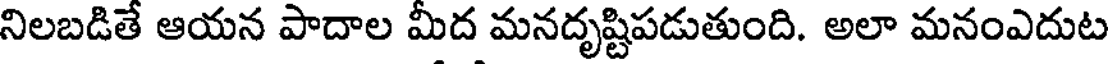
నిలబడితే ఆయన పాదాల మీద మనదృష్టిపడుతుంది. అలా మనంఎదుట